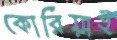
কোরিয়াই